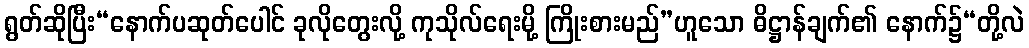
ရွတ်ဆိုပြီး“နောက်ပဆုတ်ပေါင် ခုလိုတွေးလို့ ကုသိုလ်ရေးမို့ ကြိုးစားမည်”ဟူသော ဓိဋ္ဌာန်ချက်၏ နောက်၌“တို့လဲ